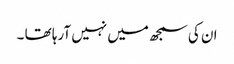
ان کی سمجھ میں نہیں آرہا تھا ۔